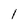
Character: 1